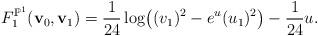
LaTeX: \begin{align*}F_1^{\mathbb{P}^1}({\bf v}_0, {\bf v}_1) = \frac1{24} \log \bigl((v_1)^2-e^{u} (u_1)^2\bigr) - \frac1{24} u.\end{align*}